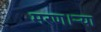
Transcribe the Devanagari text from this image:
मरण।ऱ्या